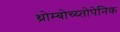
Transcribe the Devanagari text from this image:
थ्रोम्बोच्य्तोपेनिक